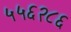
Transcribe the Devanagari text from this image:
५५६२८६